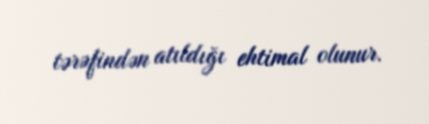
tərəfindən atıldığı ehtimal olunur.